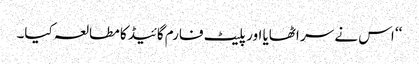
‘‘ اس نے سر اٹھایا اور پلیٹ فارم گائیڈ کا مطالعہ کیا۔